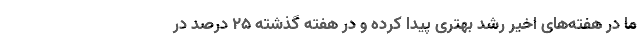
ما در هفته‌های اخیر رشد بهتری پیدا کرده و در هفته گذشته ۲۵ درصد در